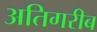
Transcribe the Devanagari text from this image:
अतिगरीब